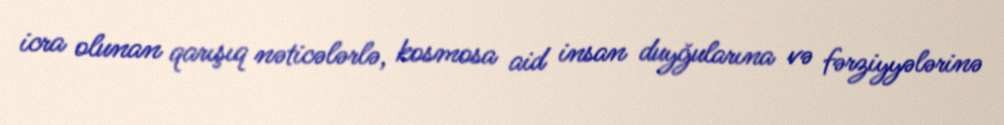
icra olunan qarışıq nəticələrlə, kosmosa aid insan duyğularına və fərziyyələrinə